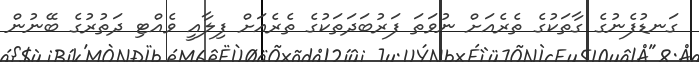
ގަނޑުފެނުގެ ގާތަކުގެ ތެރެއަށް ނުވަތަ ފަރުބަދަތަކުގެ ތެރެއަށް ފިލާއީ ވެއްޓި ދަތުރުގެ ބޭނުން